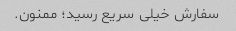
سفارش خیلی سریع رسید؛ ممنون.